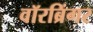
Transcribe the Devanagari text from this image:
वॉरब्रिंगर